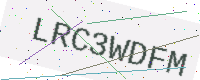
Text: LRC3WDFM